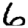
Digit: 6